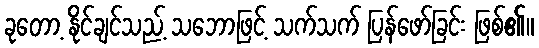
ခုတော့ နိုင်ချင်သည့် သဘောဖြင့် သက်သက် ပြန်ဖော်ခြင်း ဖြစ်၏။